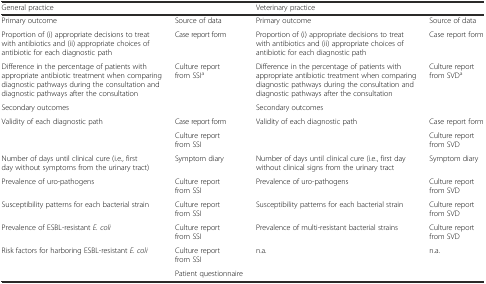
| <COLSPAN=2> General practice | <COLSPAN=2> Veterinary practice |
 | --- | --- | --- | --- |
 | Primary outcome | Source of data | Primary outcome | Source of data |
 | Proportion of (i) appropriate decisions to treat with antibiotics and (ii) appropriate choices of antibiotic for each diagnostic path | Case report form | Proportion of (i) appropriate decisions to treat with antibiotics and (ii) appropriate choices of antibiotic for each diagnostic path | Case report form |
 | Difference in the percentage of patients with appropriate antibiotic treatment when comparing diagnostic pathways during the consultation and diagnostic pathways after the consultation | Culture report from SSIa | Difference in the percentage of patients with appropriate antibiotic treatment when comparing diagnostic pathways during the consultation and diagnostic pathways after the consultation | Culture report from SVDa |
 | Secondary outcomes |  | Secondary outcomes |  |
 | <ROWSPAN=2> Validity of each diagnostic path | Case report form | <ROWSPAN=2> Validity of each diagnostic path | Case report form |
 | Culture report from SSI | Culture report from SVD |
 | Number of days until clinical cure (i.e., first day without symptoms from the urinary tract) | Symptom diary | Number of days until clinical cure (i.e., first day without clinical signs from the urinary tract | Symptom diary |
 | Prevalence of uro-pathogens | Culture report from SSI | Prevalence of uro-pathogens | Culture report from SVD |
 | Susceptibility patterns for each bacterial strain | Culture report from SSI | Susceptibility patterns for each bacterial strain | Culture report from SVD |
 | Prevalence of ESBL-resistant E. coli | Culture report from SSI | Prevalence of multi-resistant bacterial strains | Culture report from SVD |
 | <ROWSPAN=2> Risk factors for harboring ESBL-resistant E. coli | Culture report from SSI | <ROWSPAN=2> n.a. | <ROWSPAN=2> n.a. |
 | Patient questionnaire |